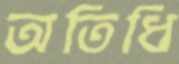
অতিধি